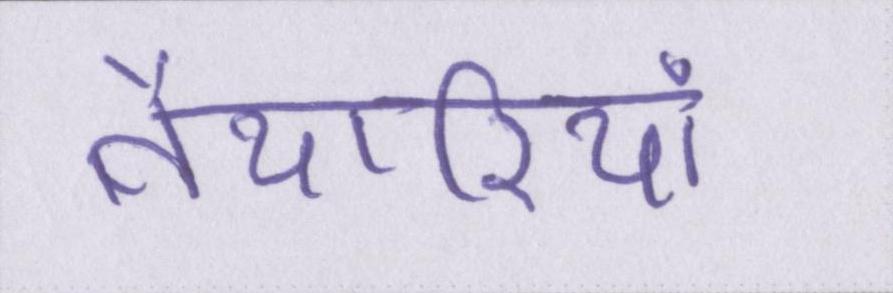
तैयारियां